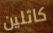
كاثلين